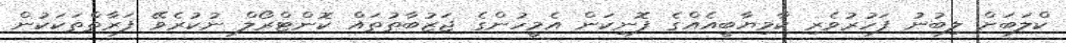
ކްލަބަށް ލިބުނު ފަހުރުވެރި ކާމިޔާބީއެއްގެ ފޮނިކަން އެމީހުންގެ ޖަޒުބާތުތައް ކޮންޓްރޯލް ނުކުރެވޭ ފަރާތްތަކަކުން